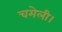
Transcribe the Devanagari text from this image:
चमेली।